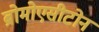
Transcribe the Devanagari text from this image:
ब्रोमोएसीटोन